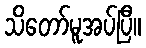
သိတော်မူအပ်ပြီ။